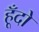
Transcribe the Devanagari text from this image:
हूँदो